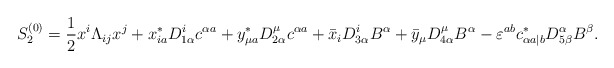
\begin{align*}S^{(0)}_2={1\over2}x^i\Lambda_{ij}x^j+x^*_{ia}D^i_{1\alpha}c^{\alpha a}+y^*_{\mu a}D^\mu_{2\alpha}c^{\alpha a}+\bar{x}_iD^i_{3\alpha}B^\alpha+\bar{y}_\mu D^\mu_{4\alpha}B^\alpha-\varepsilon^{ab}c^*_{\alpha a|b}D^\alpha_{5\beta}B^\beta.\end{align*}